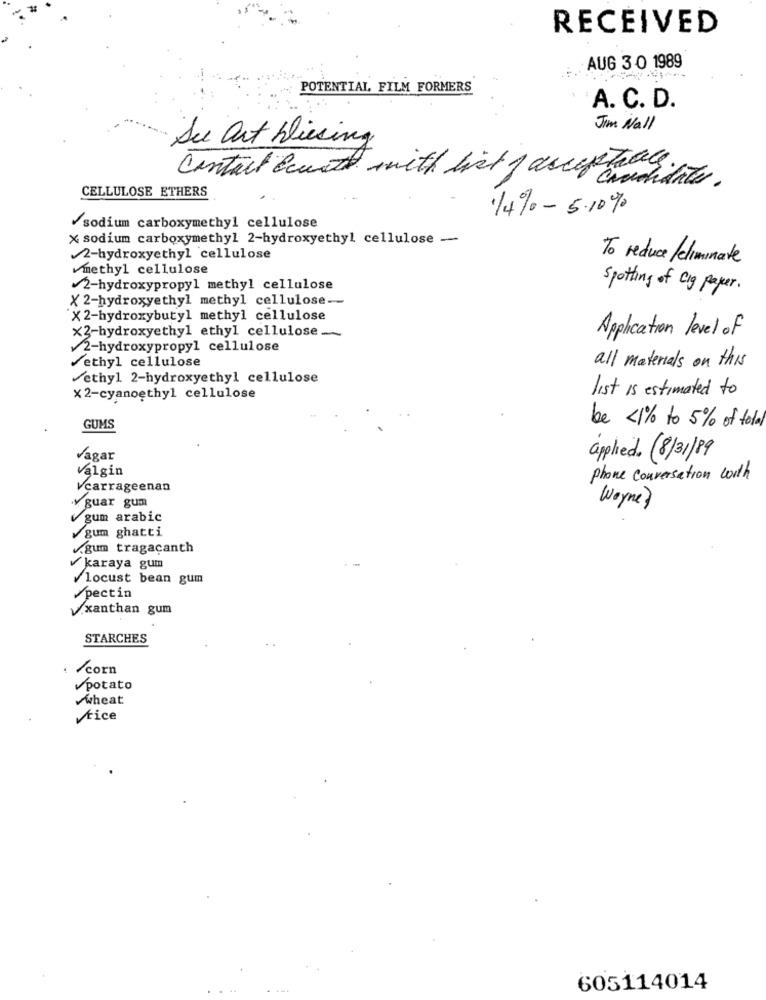
RECEIVED
AUG 30 1989
POTENTIAL, FILM FORMERS
A. C. D.
Jim Wall
Su art Diesing
Contact count with list of acceptance.
Candidate.
CELLULOSE ETHERS
.14% - 5.10%
/sodium carboxymethyl cellulose
X sodium carboxymethyl 2-hydroxyethyl cellulose -
2-hydroxyethyl cellulose
To reduce /eliminate
methyl cellulose
2-hydroxypropyl methyl cellulose
Spotting of Cig Paper.
X 2-hydroxyethyl methyl cellulose-
X2-hydroxybutyl methyl cellulose
Application level of
X3-hydroxyethyl ethyl cellulose ...
2-hydroxypropyl cellulose
ethyl cellulose
all materials on this
ethyl 2-hydroxyethyl cellulose
list is estimated to
×2-cyanoęthyl cellulose
GUMS
be <1% to 5% of total
Vagar
applied. (8/31/89
Valgin
phone conversation with
Vcarrageenan
guar gum
Wayne?
gum arabic
gum ghatti
v.gum tragacanth
karaya gum
locust bean gum
pectin
V.xanthan gum
STARCHES
corn
potato
wheat
rice
605114014